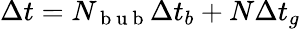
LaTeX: \Delta t=N_{\mathrm{~b~u~b~}}\Delta t_{b}+N\Delta t_{g}